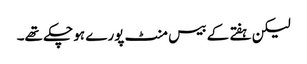
لیکن ہفتے کے بیس منٹ پورے ہو چکے تھے۔